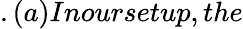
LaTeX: .(a)Inoursetup,the